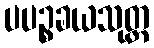
ပပဉ္စခယသုတ္တ